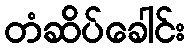
တံဆိပ်ခေါင်း